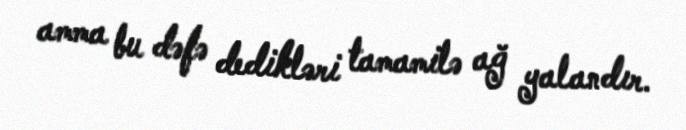
amma bu dəfə dedikləri tamamilə ağ yalandır.